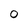
Character: 0